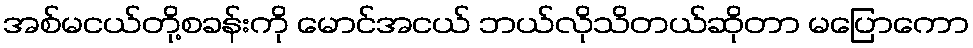
အစ်မငယ်တို့စခန်းကို မောင်အငယ် ဘယ်လိုသိတယ်ဆိုတာ မပြောကော